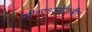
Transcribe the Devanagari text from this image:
सी॰ए॰आई॰बी॰